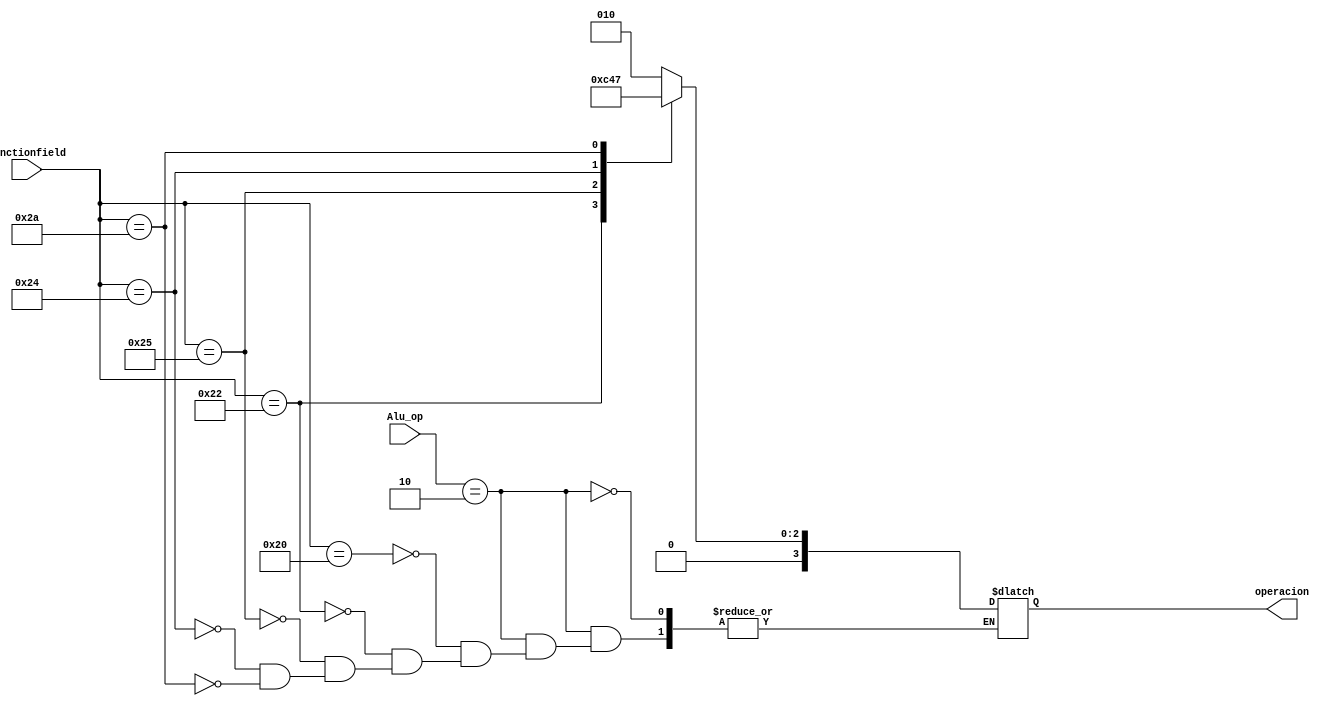
module ALU_Control(

	input [5:0]functionfield,
	input [1:0]Alu_op,
	output reg [3:0]operacion
);

always@*
begin
	case(Alu_op)
	2'b10:
		case(functionfield)
		6'b100000:
            operacion=4'b0010;
        6'b100010:
            operacion=4'b0110;
        6'b100101:
            operacion=4'b0001;
        6'b100100:
            operacion=4'b0000;
        6'b101010:
            operacion=4'b0111;
        endcase
    endcase
end
	
endmodule